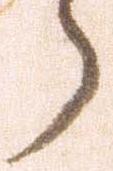
郎